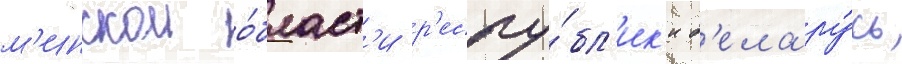
м'инскои о́бласт'и р'еспу́бл'ик'и б'елару́сь